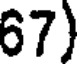
67)